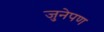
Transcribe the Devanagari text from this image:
जुनेपण